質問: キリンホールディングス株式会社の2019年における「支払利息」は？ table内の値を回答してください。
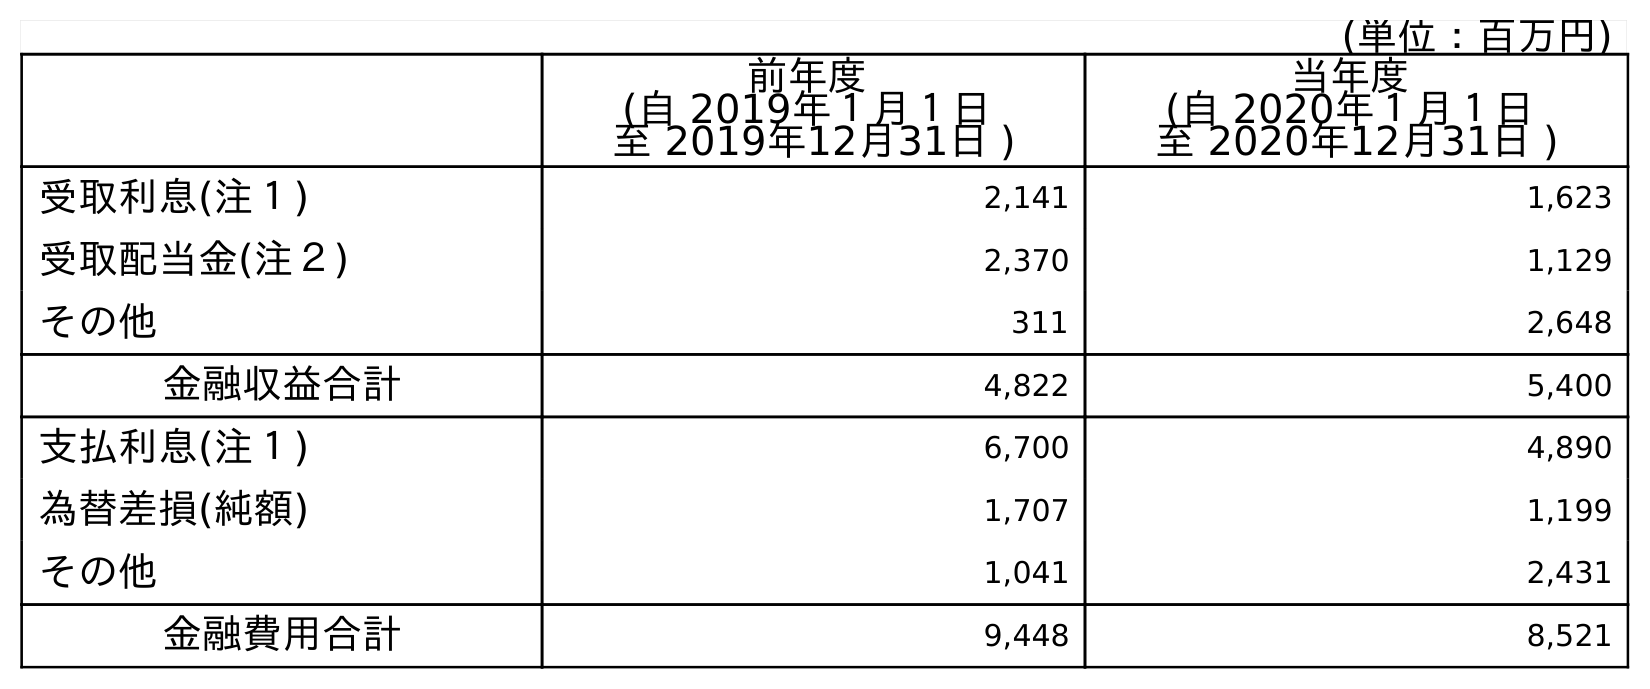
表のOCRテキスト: (単位：百万円) 前年度 (自 2019年１月１日 至 2019年12月31日 ) 当年度 (自 2020年１月１日 至 2020年12月31日 ) 受取利息(注１) 2,141 1,623 受取配当金(注２) 2,370 1,129 その他 311 2,648 金融収益合計 4,822 5,400 支払利息(注１) 6,700 4,890 為替差損(純額) 1,707 1,199 その他 1,041 2,431 金融費用合計 9,448 8,521
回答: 6,700